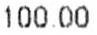
100.00